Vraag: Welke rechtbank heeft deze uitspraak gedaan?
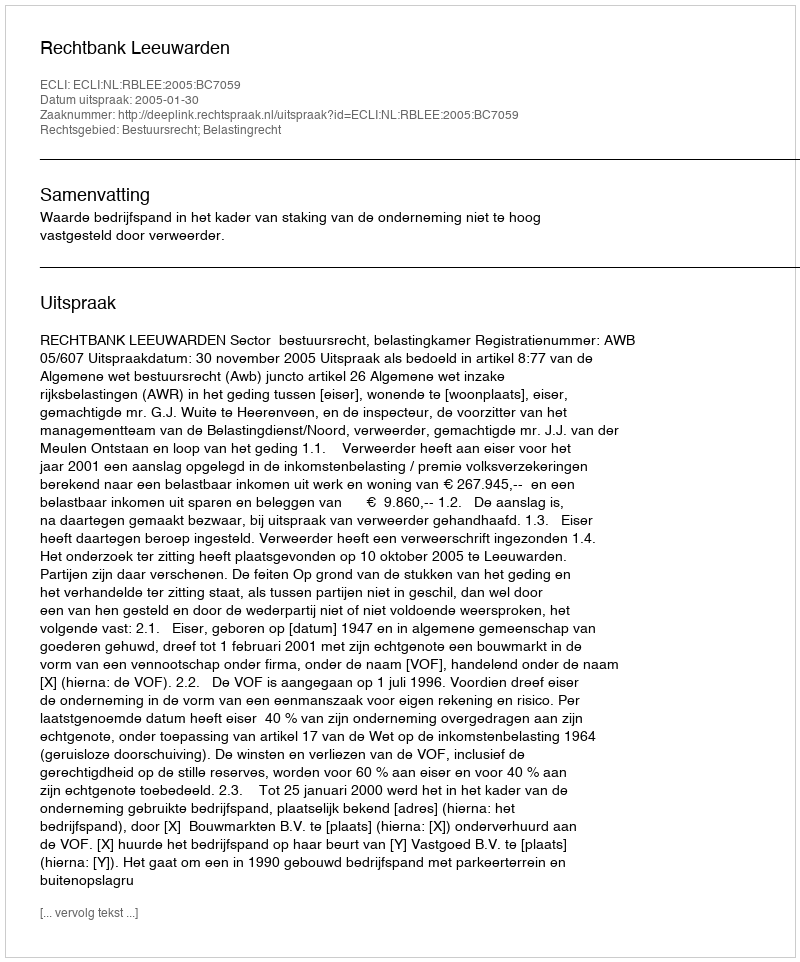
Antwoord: Rechtbank Leeuwarden